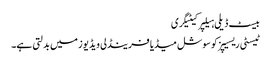
بیسٹ ڈیلی ہیلپر کیٹیگری
ٹیسٹی ریسیپز کو سوشل میڈیا فرینڈلی ویڈیوز میں بدلتی ہے۔